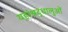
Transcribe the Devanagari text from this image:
यहांश्रद्धालुओं